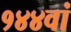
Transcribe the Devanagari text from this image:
१४४वां